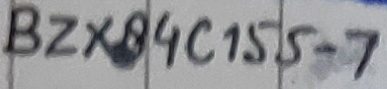
Text: BZX84C155-7